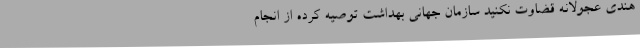
هندی عجولانه قضاوت نکنید سازمان جهانی بهداشت توصیه کرده از انجام